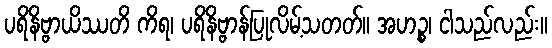
ပရိနိဗ္ဗာယိဿတိ ကိရ၊ ပရိနိဗ္ဗာန်ပြုလိမ့်သတတ်။ အဟဉ္စ၊ ငါသည်လည်း။